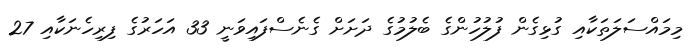
މިމައްސަލަތަކާއި ގުޅިގެން ފުލުހުންގެ ބެލުމުގެ ދަށަށް ގެނެސްފައިވަނީ 33 އަހަރުގެ ފިރިހެނަކާއި 27